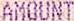
AMOUNT